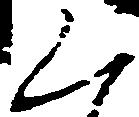
く